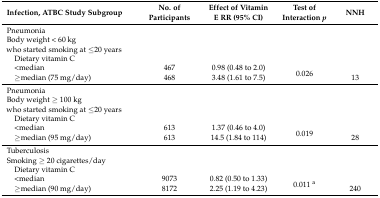
<table><thead><tr><td><b>Infection, ATBC Study Subgroup</b></td><td><b>No. of Participants</b></td><td><b>Effect of Vitamin E RR (95% CI)</b></td><td><b>Test of Interaction <i>p</i></b></td><td><b>NNH</b></td></tr></thead><tbody><tr><td>Pneumonia</td><td></td><td></td><td></td><td></td></tr><tr><td>Body weight &lt; 60 kg who started smoking at ≤20 years</td><td></td><td></td><td></td><td></td></tr><tr><td> Dietary vitamin C</td><td></td><td></td><td></td><td></td></tr><tr><td> &lt;median</td><td>467</td><td>0.98 (0.48 to 2.0)</td><td rowspan="2">0.026</td><td></td></tr><tr><td> ≥median (75 mg/day)</td><td>468</td><td>3.48 (1.61 to 7.5)</td><td>13</td></tr><tr><td>Pneumonia</td><td></td><td></td><td></td><td></td></tr><tr><td>Body weight ≥ 100 kg who started smoking at ≤20 years</td><td></td><td></td><td></td><td></td></tr><tr><td> Dietary vitamin C</td><td></td><td></td><td></td><td></td></tr><tr><td> &lt;median</td><td>613</td><td>1.37 (0.46 to 4.0)</td><td rowspan="2">0.019</td><td></td></tr><tr><td> ≥median (95 mg/day)</td><td>613</td><td>14.5 (1.84 to 114)</td><td>28</td></tr><tr><td>Tuberculosis</td><td></td><td></td><td></td><td></td></tr><tr><td>Smoking ≥ 20 cigarettes/day</td><td></td><td></td><td></td><td></td></tr><tr><td> Dietary vitamin C</td><td></td><td></td><td></td><td></td></tr><tr><td> &lt;median</td><td>9073</td><td>0.82 (0.50 to 1.33)</td><td rowspan="2">0.011 <sup>a</sup></td><td></td></tr><tr><td> ≥median (90 mg/day)</td><td>8172</td><td>2.25 (1.19 to 4.23)</td><td>240</td></tr></tbody></table>